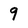
Character: 9